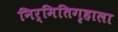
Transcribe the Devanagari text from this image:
निर्मितिगृहाला